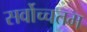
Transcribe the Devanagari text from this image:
सर्वोच्चतम